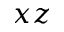
x z